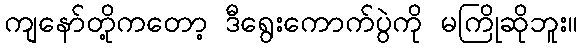
ကျနော်တို့ကတော့ ဒီရွေးကောက်ပွဲကို မကြိုဆိုဘူး။